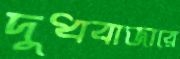
দুধবাজারে